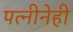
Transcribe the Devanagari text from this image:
पत्नीनेही